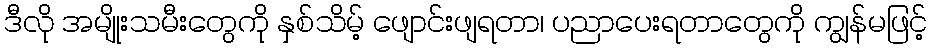
ဒီလို အမျိုးသမီးတွေကို နှစ်သိမ့် ဖျောင်းဖျရတာ၊ ပညာပေးရတာတွေကို ကျွန်မဖြင့်